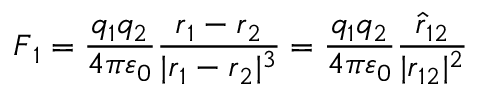
{ \boldsymbol { F } } _ { 1 } = { \frac { q _ { 1 } q _ { 2 } } { 4 \pi \varepsilon _ { 0 } } } { \frac { { \boldsymbol { r } } _ { 1 } - { \boldsymbol { r } } _ { 2 } } { | { \boldsymbol { r } } _ { 1 } - { \boldsymbol { r } } _ { 2 } | ^ { 3 } } } = { \frac { q _ { 1 } q _ { 2 } } { 4 \pi \varepsilon _ { 0 } } } { \frac { { \boldsymbol { \hat { r } } } _ { 1 2 } } { | { \boldsymbol { r } } _ { 1 2 } | ^ { 2 } } }